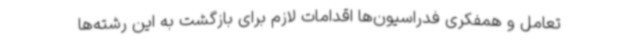
تعامل و همفکری فدراسیون‌ها اقدامات لازم برای بازگشت به این رشته‌ها